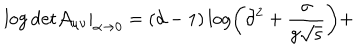
LaTeX: \left. \mathrm { \log \det } \mathcal { A } _ { \mu \nu } \right| _ { \alpha \rightarrow 0 } = ( d - 1 ) \log \left( \partial ^ { 2 } + \frac { \sigma } { g \sqrt { \varsigma } } \right) +